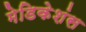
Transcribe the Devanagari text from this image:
मेडिकेशंस